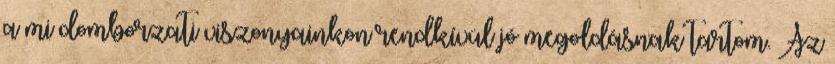
a mi domborzati viszonyainkon rendkívül jó megoldásnak tartom. Az